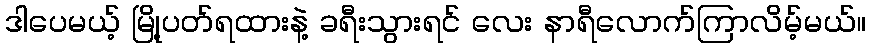
ဒါပေမယ့် မြို့ပတ်ရထားနဲ့ ခရီးသွားရင် လေး နာရီလောက်ကြာလိမ့်မယ်။